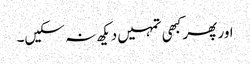
اور پھر کبھی تمہیں دیکھ نہ سکیں۔